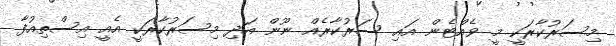
މިސަރުކާރަކީ މީ ވެއްޓެން އައި ސަރުކާރެއް ނޫން އަދި މިސަރުކާރަކީ އެއީ އިސްތިއުފާ